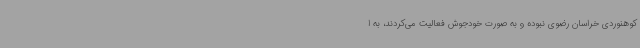
کوهنوردی خراسان رضوی نبوده و به صورت خودجوش فعالیت می‌کردند، به ا